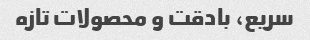
سریع، بادقت و محصولات تازه